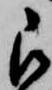
被